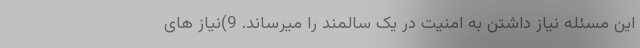
این مسئله نیاز داشتن به امنیت در یک سالمند را میرساند. 9)نیاز های